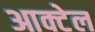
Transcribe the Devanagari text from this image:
आक्टेल